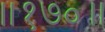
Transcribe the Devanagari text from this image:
॥१७०॥